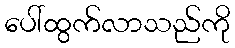
ပေါ်ထွက်လာသည်ကို